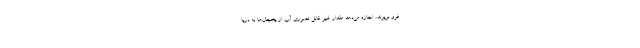
فرو بریزند، اجازه می‌دهد مقدار غیر قابل تصوری آب از یخچال‌ها به دریا